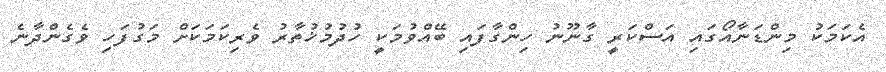
އެކަމަކު މިންޑަނާއޯގައި އަސްކަރީ ގާނޫނު ހިންގާފައި ބޭއްވުމަކީ ހުދުމުޚުތާރު ވެރިކަމަކަށް މަގުފަހި ވެގެންދާނެ